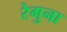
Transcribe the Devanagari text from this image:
रेमुना